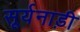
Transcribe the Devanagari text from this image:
सूर्यनाड़ी